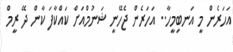
އަހަރެން މީ އަނބިމީހާ.. އަހަރެން ޖެހޭނީ ޝަނުމްއަށް ކައްކާފަ ކާން ދޭ ރީމް